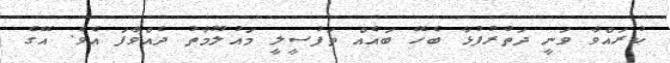
ކުރައްވާ ވަނީ ދަތުރުފުޅާ ބެހޭ ބައެއް ތަފުސީލީ މައުލޫމާތު ދެއްވާފަ އެވެ. އޭގެ